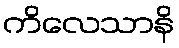
ကိလေသာနိ